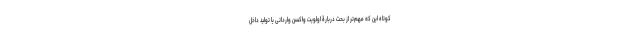
کوتاه این که مهم‌تر از بحث دربارۀ اولویت واکسن وارداتی یا تولید داخل